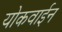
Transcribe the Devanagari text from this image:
योकवाईन